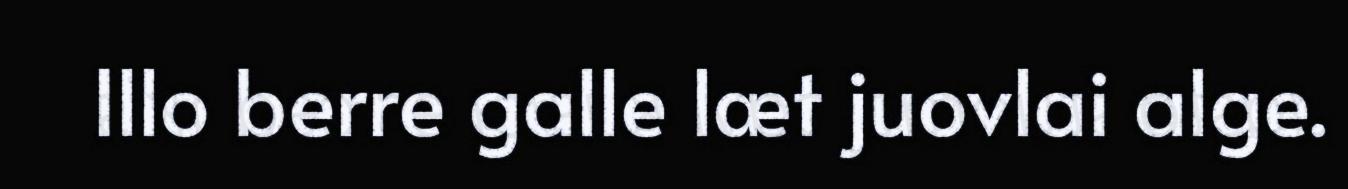
Illo berre galle læt juovlai alge.